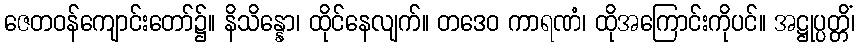
ဇေတဝန်ကျောင်းတော်၌။ နိသိန္နော၊ ထိုင်နေလျက်။ တဒေဝ ကာရဏံ၊ ထိုအကြောင်းကိုပင်။ အဋ္ဌုပ္ပတ္တိံ၊